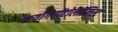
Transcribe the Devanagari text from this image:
बायोगेरोंटोलॉजिस्ट